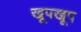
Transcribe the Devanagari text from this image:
खूपखूप